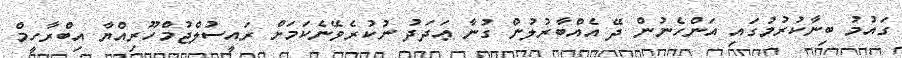
ގައުމު ބިނާކުރުމުގައި އަންހެނުން ދޭ އެއްބާރުލުން ގުނާ ޢަދަދު ނުކުރެވޭނެކަމަށް ރައީސުލްޖުމްހޫރިއްޔާ އިބްރާހީމް